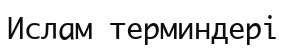
Ислам терминдері